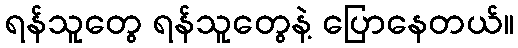
ရန်သူတွေ ရန်သူတွေနဲ့ ပြောနေတယ်။